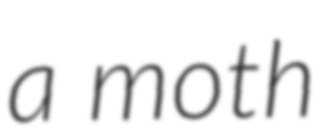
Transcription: a moth